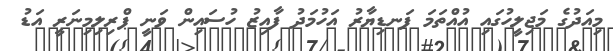
މިއަދުގެ މަޖިލީހުގައި އުއްތަމަ ފަނޑިޔާރު އަހުމަދު ފާއިޒު ހުސައިން ވަނީ ޕްރިލިމިނަރީ އަޑު